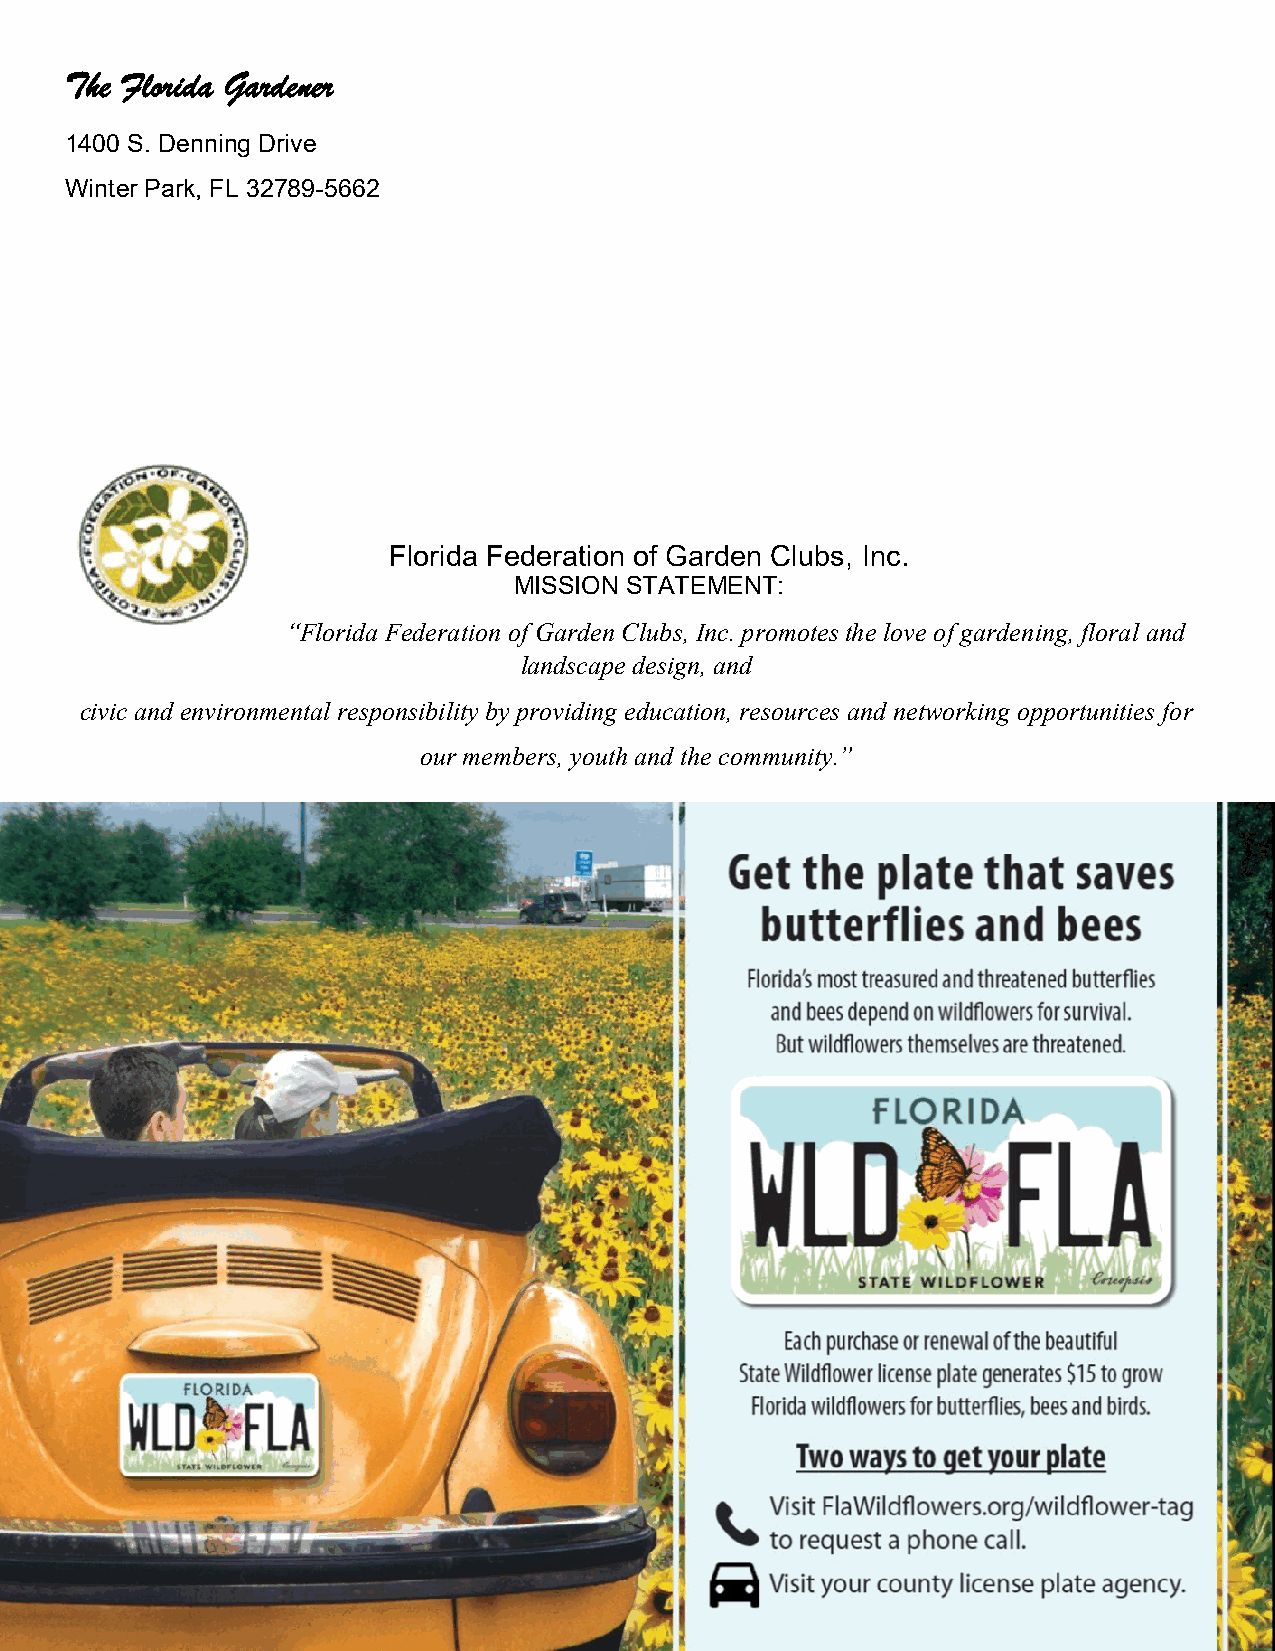
The Florida Gardener
 1400 S. Denning Drive
 Winter Park, FL 32789-5662
 Florida Federation of Garden Clubs, Inc.
 MISSION STATEMENT:
 “Florida Federation of Garden Clubs, Inc. promotes the love of gardening, floral and
 landscape design, and
 civic and environmental responsibility by providing education, resources and networking opportunities for
 our members, youth and the community.”
 24